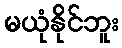
မယုံနိုင်ဘူး